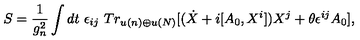
S = \frac { 1 } { g _ { n } ^ { 2 } } \int d t \ \epsilon _ { i j } \ T r _ { u ( n ) \oplus u ( N ) } \lbrack ( \dot { X } + i [ A _ { 0 } , X ^ { i } ] ) X ^ { j } + \theta \epsilon ^ { i j } A _ { 0 } \rbrack ,